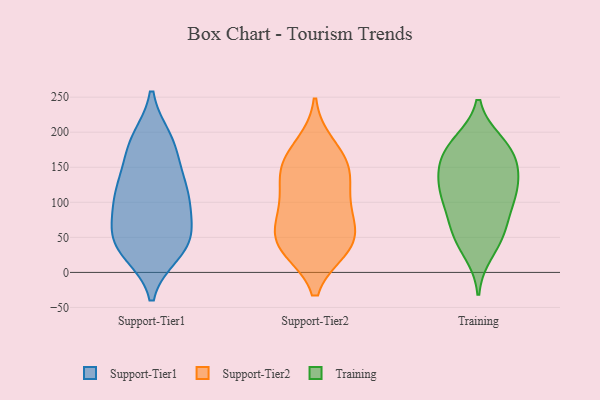
{"axis": {"x": "Backlog", "y": "Value"}, "legend": ["Support-Tier1", "Support-Tier2", "Training"], "data": [{"x": "", "y": 185, "type": "Support-Tier1"}, {"x": "", "y": 48, "type": "Support-Tier1"}, {"x": "", "y": 86, "type": "Support-Tier1"}, {"x": "", "y": 113, "type": "Support-Tier1"}, {"x": "", "y": 158, "type": "Support-Tier1"}, {"x": "", "y": 187, "type": "Support-Tier1"}, {"x": "", "y": 101, "type": "Support-Tier1"}, {"x": "", "y": 28, "type": "Support-Tier1"}, {"x": "", "y": 45, "type": "Support-Tier1"}, {"x": "", "y": 76, "type": "Support-Tier1"}, {"x": "", "y": 123, "type": "Support-Tier1"}, {"x": "", "y": 109, "type": "Support-Tier1"}, {"x": "", "y": 30, "type": "Support-Tier1"}, {"x": "", "y": 190, "type": "Support-Tier1"}, {"x": "", "y": 134, "type": "Support-Tier1"}, {"x": "", "y": 38, "type": "Support-Tier1"}, {"x": "", "y": 50, "type": "Support-Tier1"}, {"x": "", "y": 102, "type": "Support-Tier2"}, {"x": "", "y": 148, "type": "Support-Tier2"}, {"x": "", "y": 141, "type": "Support-Tier2"}, {"x": "", "y": 37, "type": "Support-Tier2"}, {"x": "", "y": 139, "type": "Support-Tier2"}, {"x": "", "y": 163, "type": "Support-Tier2"}, {"x": "", "y": 92, "type": "Support-Tier2"}, {"x": "", "y": 34, "type": "Support-Tier2"}, {"x": "", "y": 181, "type": "Support-Tier2"}, {"x": "", "y": 82, "type": "Support-Tier2"}, {"x": "", "y": 35, "type": "Support-Tier2"}, {"x": "", "y": 46, "type": "Support-Tier2"}, {"x": "", "y": 57, "type": "Support-Tier2"}, {"x": "", "y": 142, "type": "Training"}, {"x": "", "y": 177, "type": "Training"}, {"x": "", "y": 125, "type": "Training"}, {"x": "", "y": 90, "type": "Training"}, {"x": "", "y": 56, "type": "Training"}, {"x": "", "y": 29, "type": "Training"}, {"x": "", "y": 60, "type": "Training"}, {"x": "", "y": 183, "type": "Training"}, {"x": "", "y": 52, "type": "Training"}, {"x": "", "y": 116, "type": "Training"}, {"x": "", "y": 105, "type": "Training"}, {"x": "", "y": 105, "type": "Training"}, {"x": "", "y": 165, "type": "Training"}, {"x": "", "y": 185, "type": "Training"}, {"x": "", "y": 159, "type": "Training"}, {"x": "", "y": 137, "type": "Training"}]}